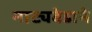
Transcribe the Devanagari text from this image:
नाट्यवेडाने